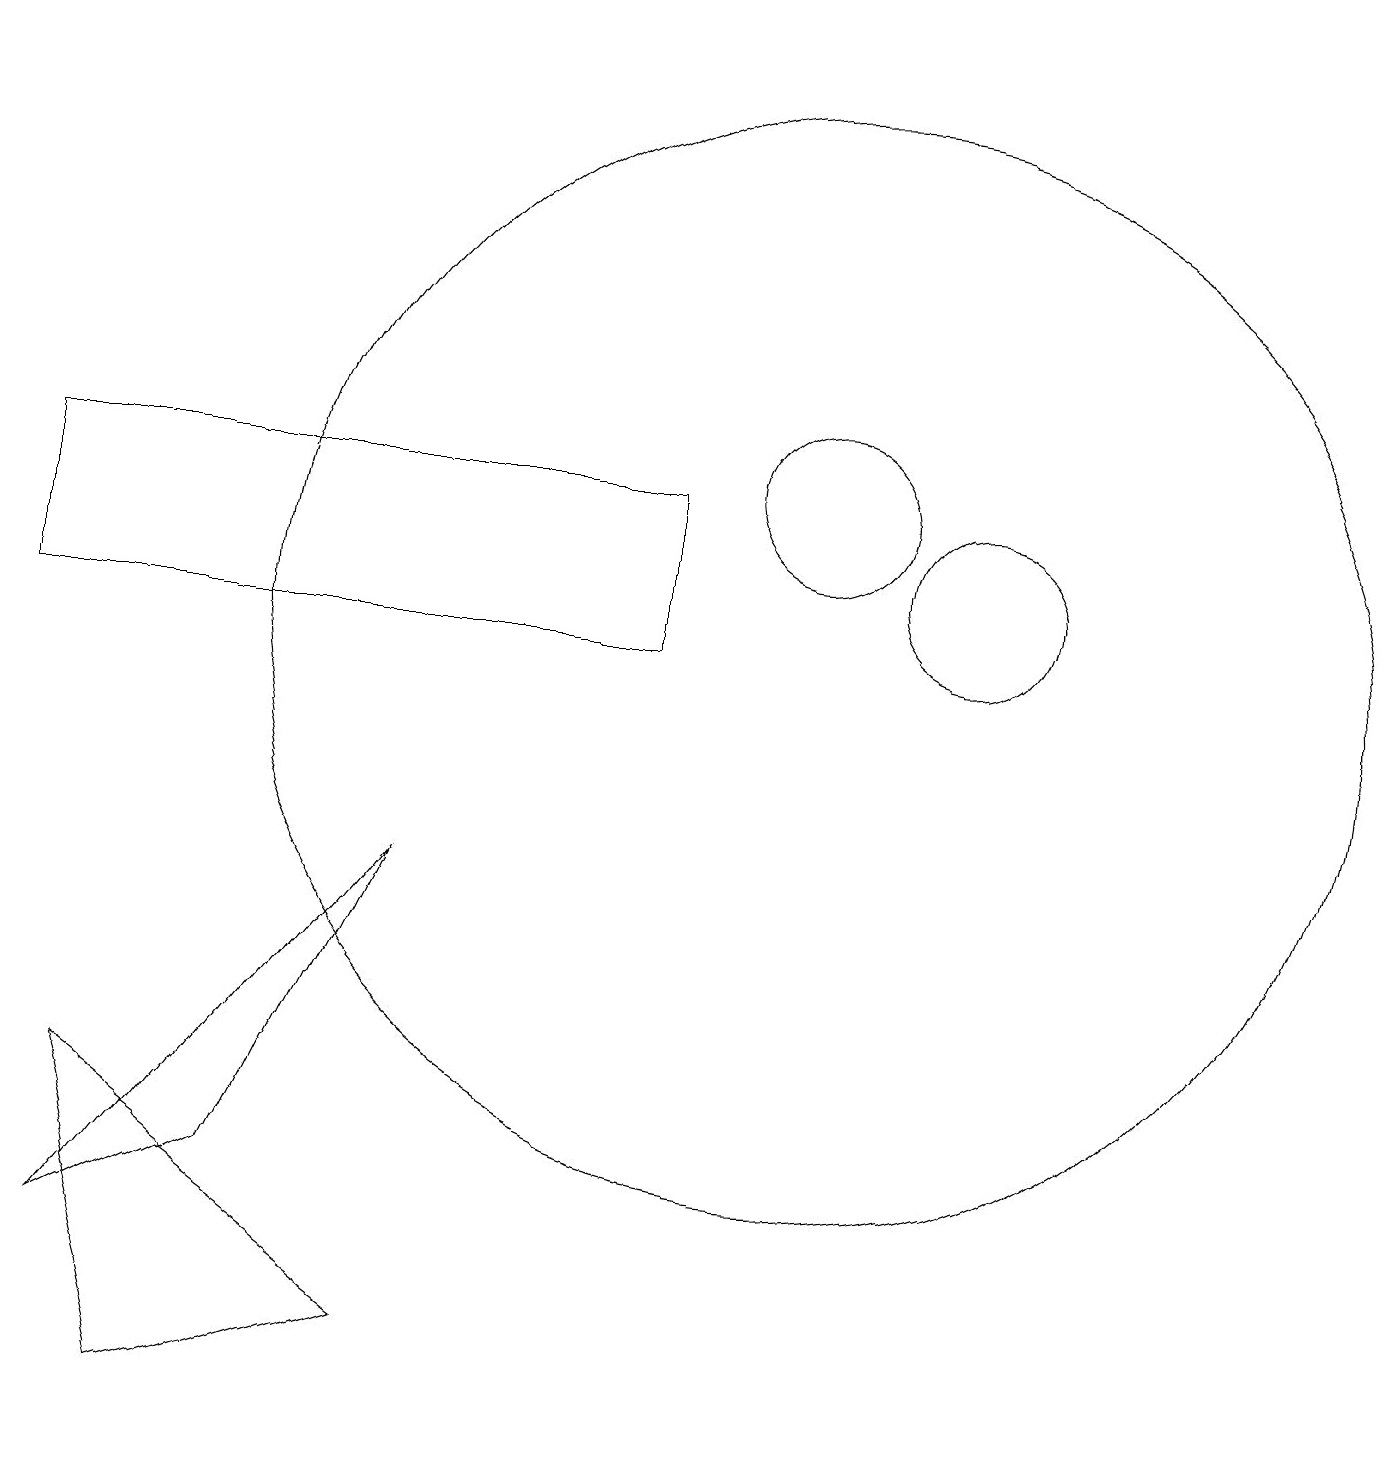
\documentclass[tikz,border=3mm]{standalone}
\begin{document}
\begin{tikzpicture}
\draw (12,11) circle (1);
\draw (8,10) rectangle (0,12);
\draw (10,10) circle (7);
\draw (2,0) -- (5,1) -- (1,4) -- cycle;
\draw (10,12) circle (1);
\draw (3,3) -- (1,2) -- (5,7) -- cycle;
\draw[->] (0,18) -- (5,18);
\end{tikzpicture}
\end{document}